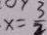
x = \frac { 3 } { 2 }